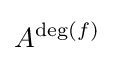
A^{\operatorname {deg} (f)}